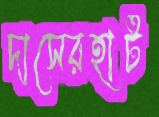
দাসেরহাট